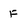
Character: F